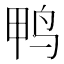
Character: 鸭